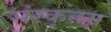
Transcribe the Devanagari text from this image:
संस्कृतम